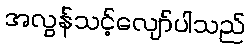
အလွန်သင့်လျော်ပါသည်